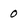
Character: 0